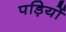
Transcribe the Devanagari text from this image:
पड़ियों